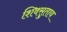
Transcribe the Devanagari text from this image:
शिवसुताय